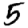
Digit: 5